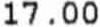
17.00